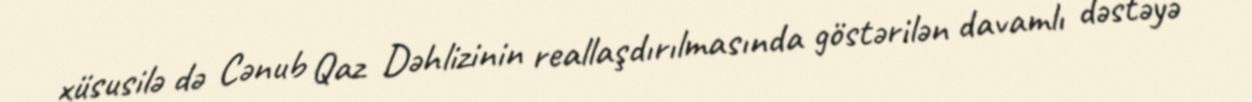
xüsusilə də Cənub Qaz Dəhlizinin reallaşdırılmasında göstərilən davamlı dəstəyə